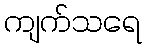
ကျက်သရေ